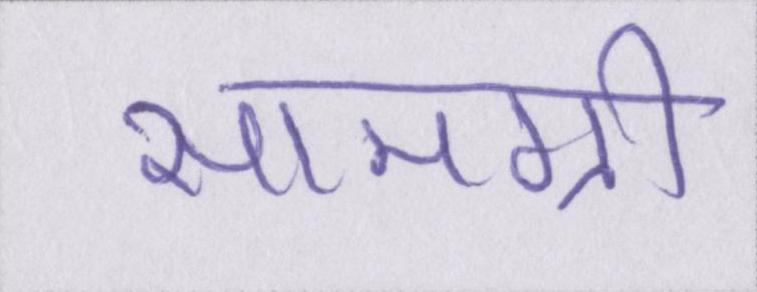
सामग्री